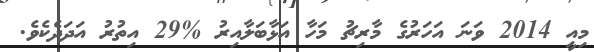
މިއީ 2014 ވަނަ އަހަރުގެ މާރިޗު މަހާ އަޅާބަލާއިރު %29 އިތުރު އަދަދެކެވެ.